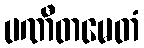
ပဏီတမေတံ